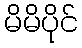
မိမိပိုင်